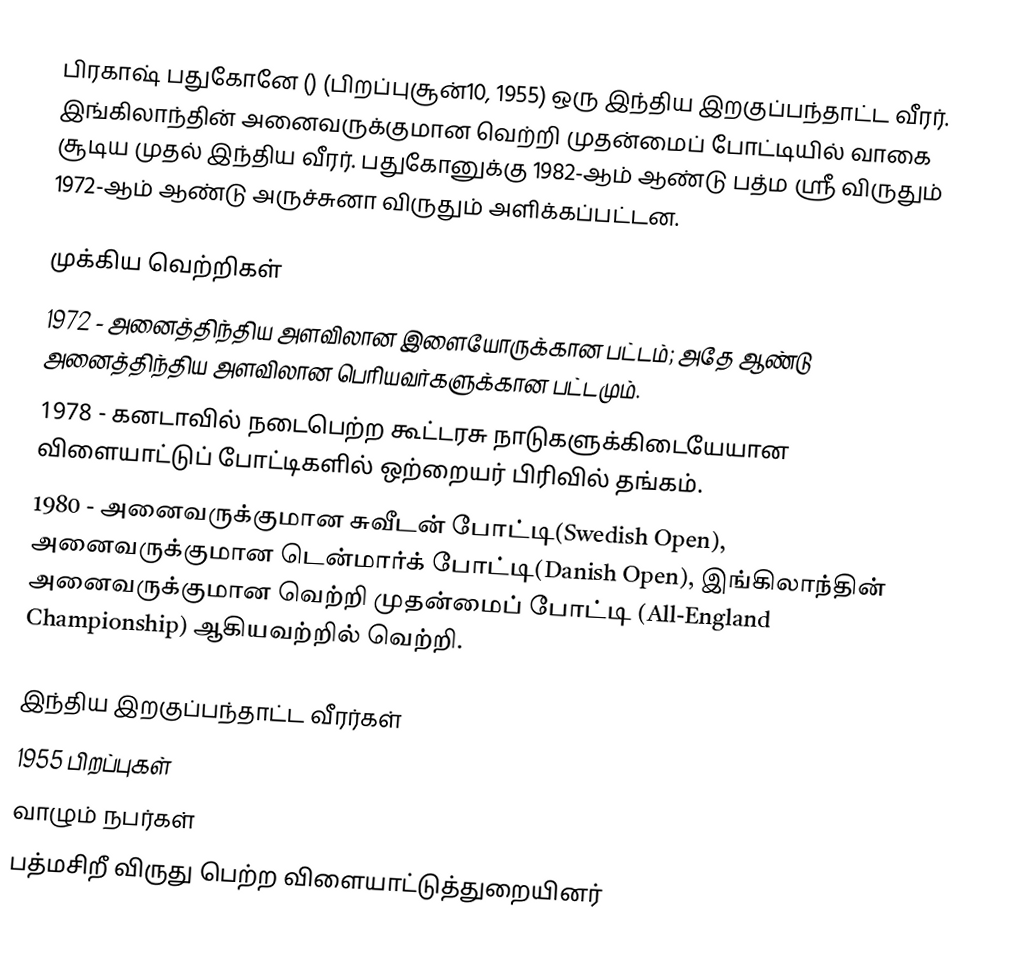
பிரகாஷ் பதுகோனே () (பிறப்புசூன்10, 1955) ஒரு இந்திய இறகுப்பந்தாட்ட வீரர். இங்கிலாந்தின் அனைவருக்குமான வெற்றி முதன்மைப் போட்டியில் வாகை சூடிய முதல் இந்திய வீரர். பதுகோனுக்கு 1982-ஆம் ஆண்டு பத்ம ஸ்ரீ விருதும் 1972-ஆம் ஆண்டு அருச்சுனா விருதும் அளிக்கப்பட்டன.

முக்கிய வெற்றிகள்
 1972 - அனைத்திந்திய அளவிலான இளையோருக்கான பட்டம்; அதே ஆண்டு அனைத்திந்திய அளவிலான பெரியவர்களுக்கான பட்டமும்.
 1978 - கனடாவில் நடைபெற்ற கூட்டரசு நாடுகளுக்கிடையேயான விளையாட்டுப் போட்டிகளில் ஒற்றையர் பிரிவில் தங்கம்.
 1980 - அனைவருக்குமான சுவீடன் போட்டி(Swedish Open), அனைவருக்குமான டென்மார்க் போட்டி(Danish Open), இங்கிலாந்தின் அனைவருக்குமான வெற்றி முதன்மைப் போட்டி (All-England Championship) ஆகியவற்றில் வெற்றி.

இந்திய இறகுப்பந்தாட்ட வீரர்கள்
1955 பிறப்புகள்
வாழும் நபர்கள்
பத்மசிறீ விருது பெற்ற விளையாட்டுத்துறையினர்